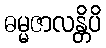
ဓမ္မဇာလန္တိပိ